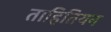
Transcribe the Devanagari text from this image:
ताहितियन